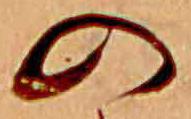
の